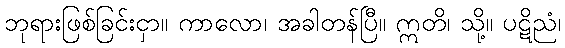
ဘုရားဖြစ်ခြင်းငှာ။ ကာလော၊ အခါတန်ပြီ။ ဣတိ၊ သို့။ ပဋိညံ၊